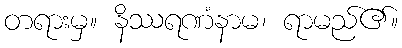
တရားမှ။ နိဿရဏံနာမ၊ ရာမည်၏။